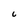
Character: 6